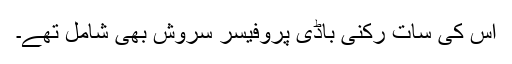
اس کی سات رکنی باڈی پروفیسر سروش بھی شامل تھے۔